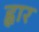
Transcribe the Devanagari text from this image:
ह्वार